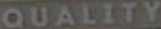
QUALITY